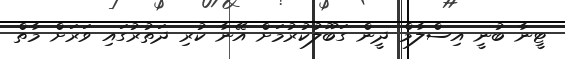
ޓީނާ ބުނީ އިސްލާމް ދީން ގަބޫލުކުރުމަށް އޭނާ ކުރި ދަތުރުގައި ވަރަށް މާތް